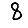
Digit: 8